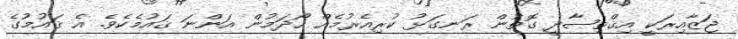
ޖަޒާއިރަކީ އިޤްތިޞާދީ ގޮތުން ރަނގަޅު ކުރިއެރުމެއް ހޯދަމުން އަންނަ ޤައުމެކެވެ. އެ ޤައުމުގެ